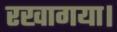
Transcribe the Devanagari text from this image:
रखागया।